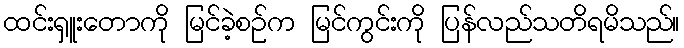
ထင်းရှူးတောကို မြင်ခဲ့စဉ်က မြင်ကွင်းကို ပြန်လည်သတိရမိသည်။